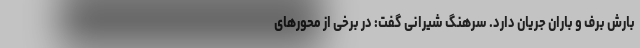
بارش برف و باران جریان دارد. سرهنگ شیرانی گفت: در برخی از محور‌های